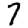
Digit: 7